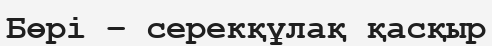
Бөрі – серекқұлақ қасқыр